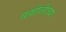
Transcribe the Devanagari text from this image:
वकीलीच्या